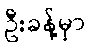
ဦးခန့်မှာ